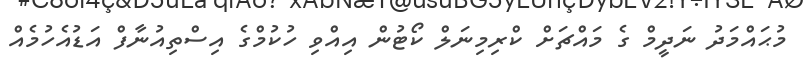
މުޙައްމަދު ނަދީމް ގެ މައްޗަށް ކްރިމިނަލް ކޯޓުން އިއްވި ހުކުމްގެ އިސްތިއުނާފް އަޑުއެހުމެއް